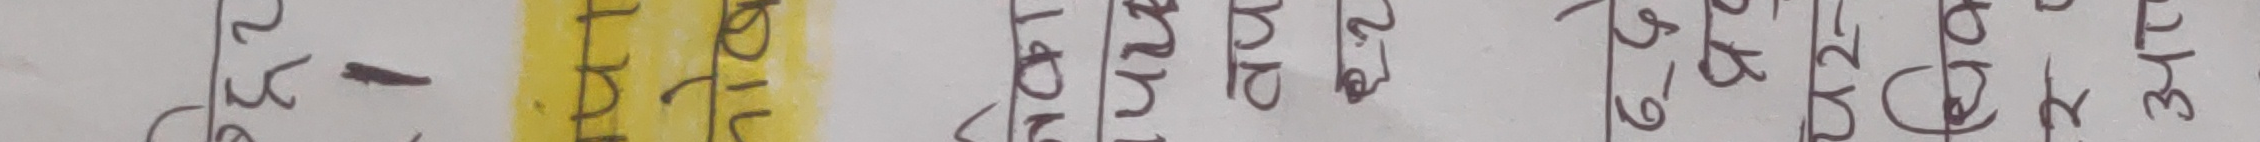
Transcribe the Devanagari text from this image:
२७६ - हरपल हरपल २७२ ७१२ ७१२ ३१३